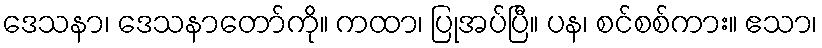
ဒေသနာ၊ ဒေသနာတော်ကို။ ကထာ၊ ပြုအပ်ပြီ။ ပန၊ စင်စစ်ကား။ ဧသာ၊